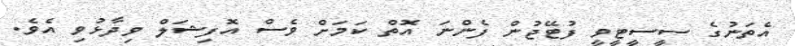
އެތަނުގެ ސީސީޓީވީ ފުޓޭޖުން ފެންނަ އޮތް ކަމަށް ވެސް އޮފިޝަލް ވިދާޅުވި އެވެ.